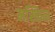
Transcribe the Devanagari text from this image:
मस्किन